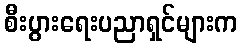
စီးပွားရေးပညာရှင်များက